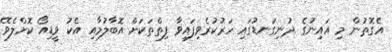
އެގޮތުން މި އައިނުގެ ދުނިގަނޑުގައި ހަރުކުރެވިފައިވާ ފިތްތަކަށް އޮބާލުމާއި އެކު ވީޑިއޯ ކޮށްލެވޭ